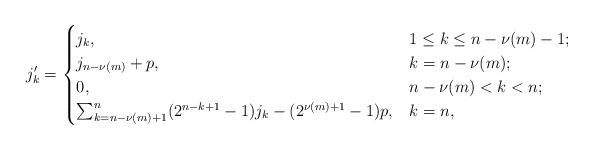
LaTeX: \begin{align*} j_k' = \begin{cases} j_k, & 1\leq k \leq n-\nu(m)-1; \\ j_{n-\nu(m)}+p, & k=n-\nu(m); \\ 0, & n-\nu(m) < k < n; \\ \sum_{k=n-\nu(m)+1}^n (2^{n-k+1}-1)j_k - (2^{\nu(m)+1} - 1)p, & k=n, \end{cases} \end{align*}